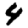
Digit: 4